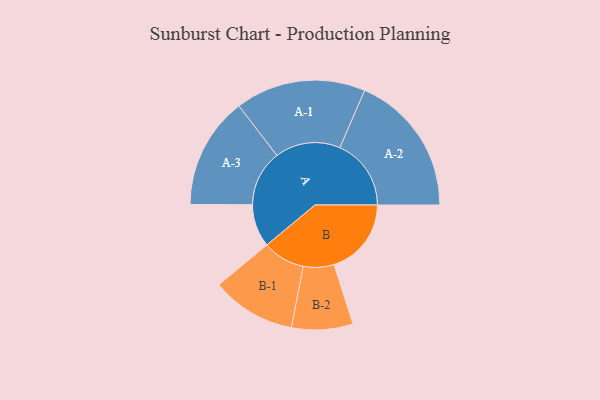
{"axis": {"x": "Segment", "y": "Value"}, "legend": ["", "A", "B"], "data": [{"x": "A", "y": 169, "type": ""}, {"x": "B", "y": 306, "type": ""}, {"x": "A-1", "y": 258, "type": "A"}, {"x": "A-2", "y": 282, "type": "A"}, {"x": "A-3", "y": 221, "type": "A"}, {"x": "B-1", "y": 167, "type": "B"}, {"x": "B-2", "y": 121, "type": "B"}]}